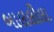
બાલલીલા